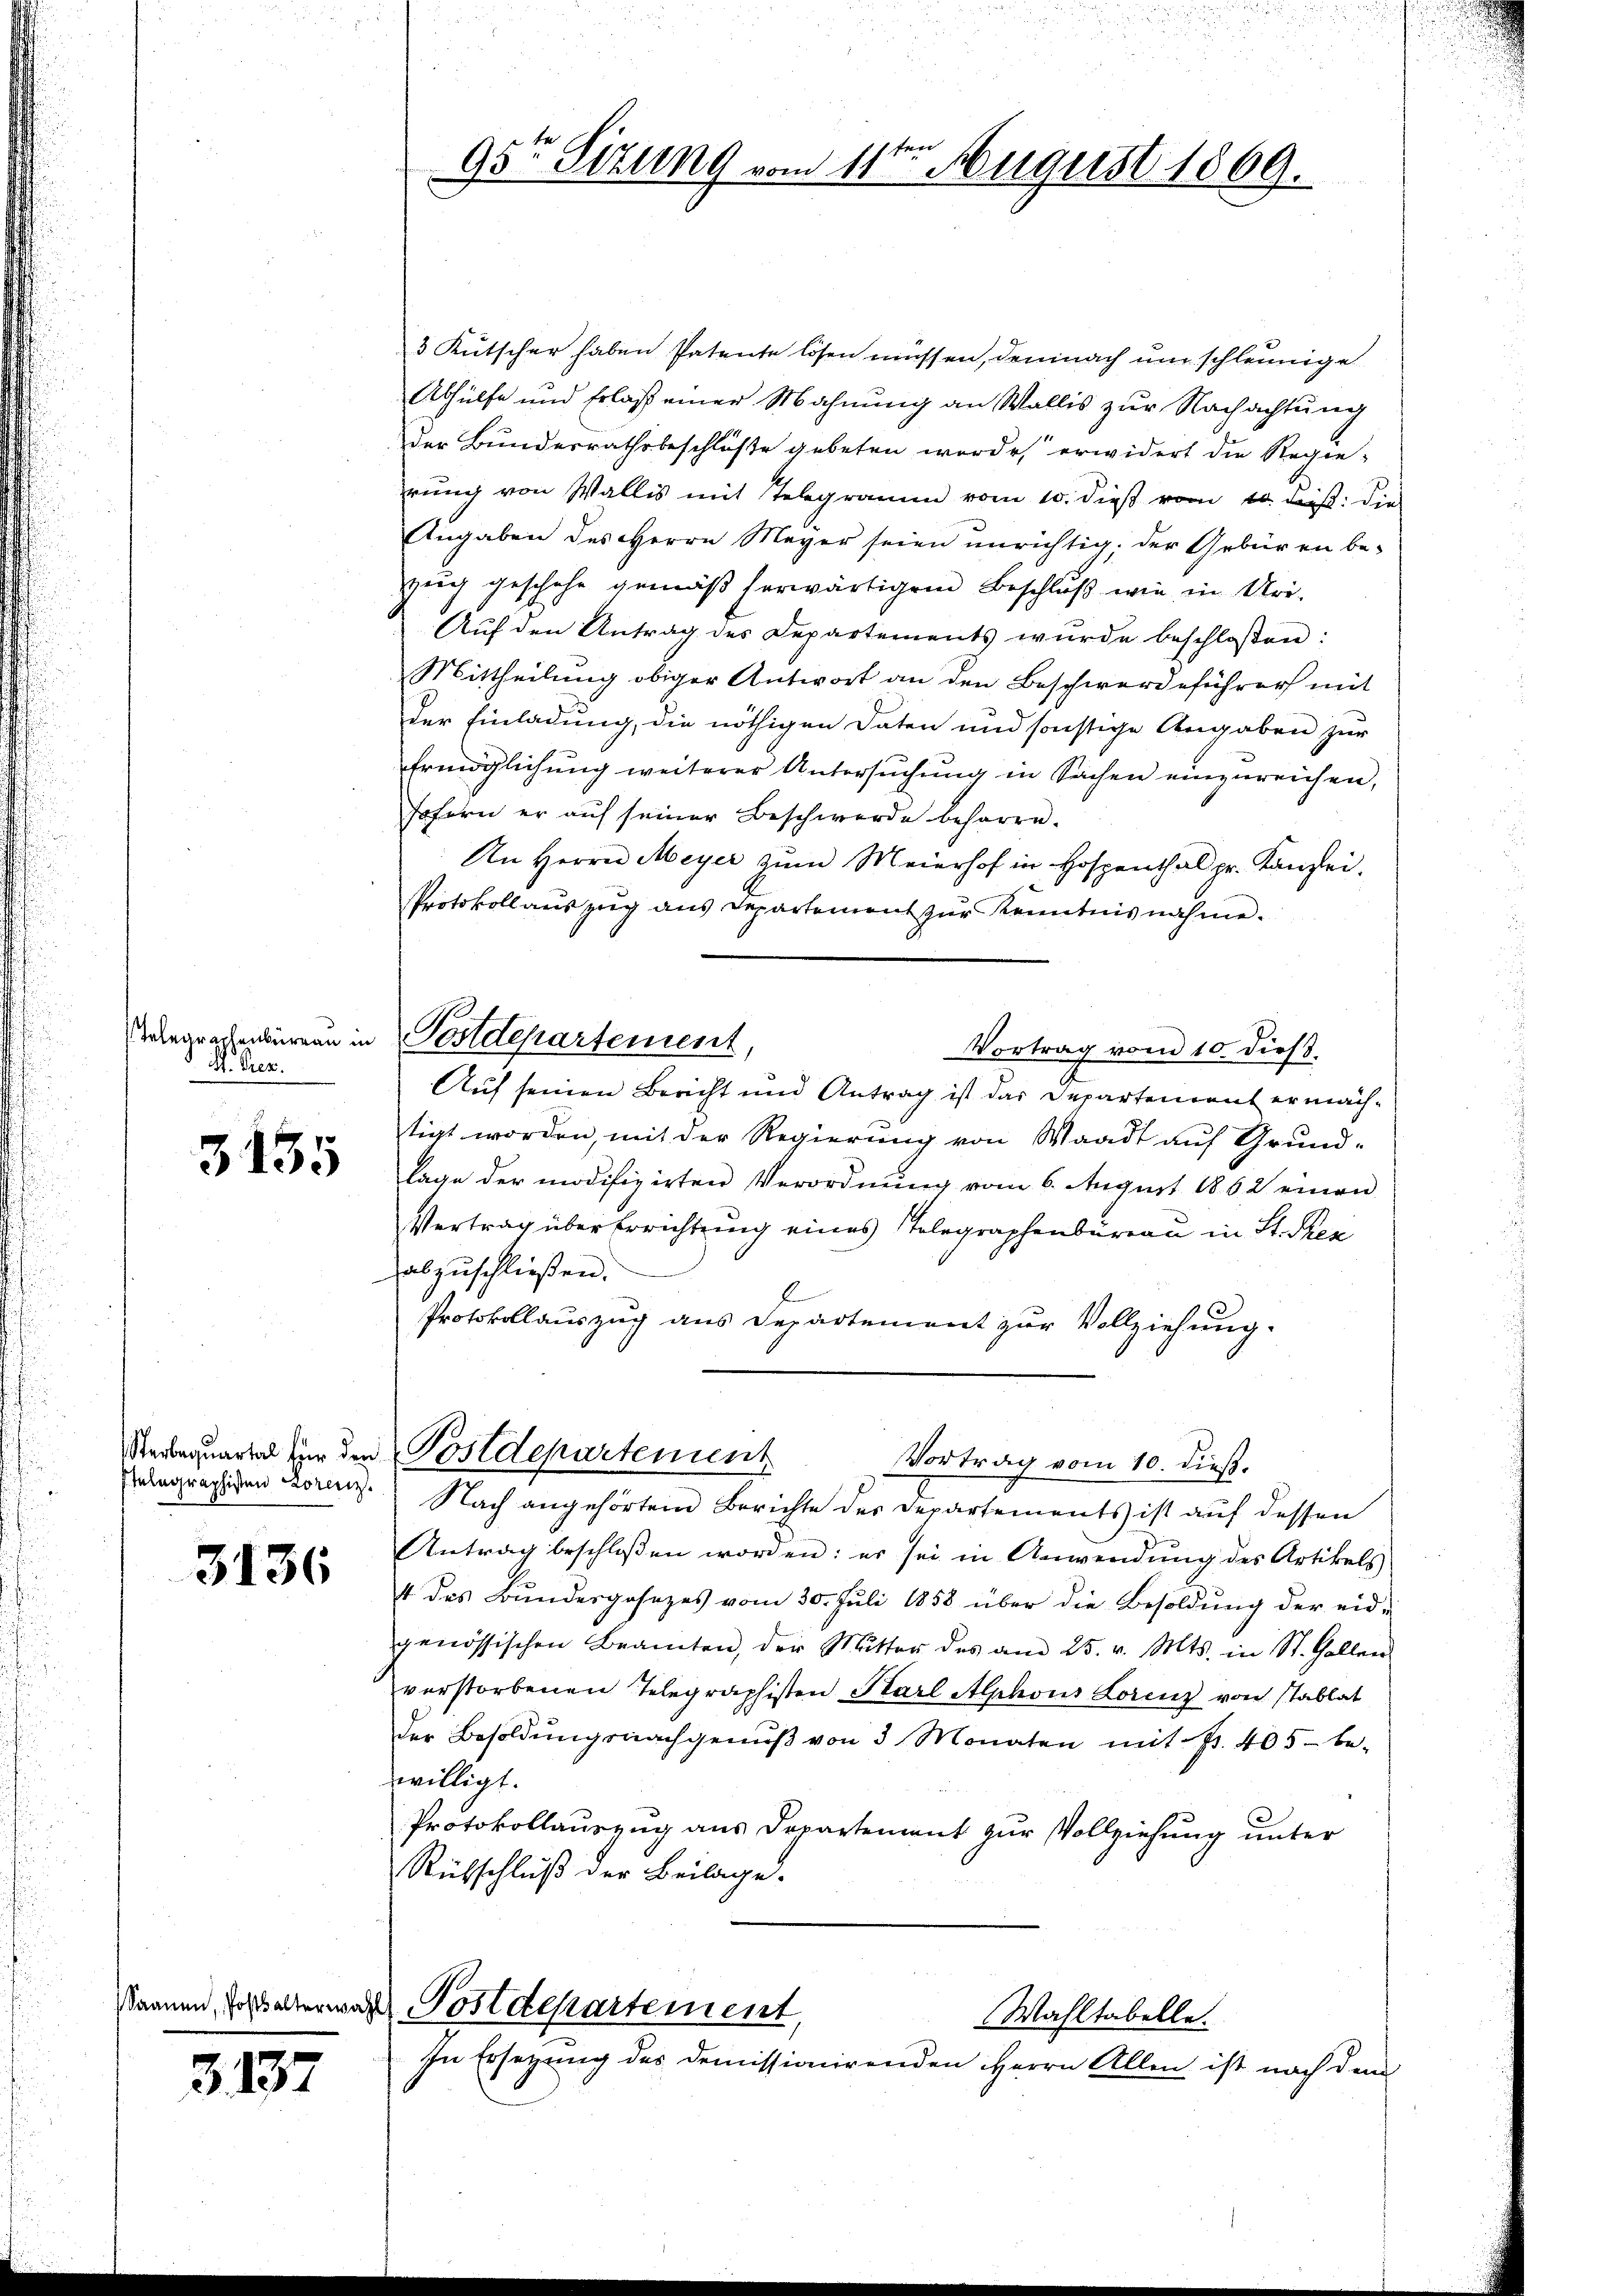
Telegraphenbüreau in
d. M. Dez.

3135

3136

Saanen, Posthalterwo

3137

3 Kutscher haben Patente lösen müssen, demnach um schleunige
Abhülfe und Erlaß einer Mahnung an Wallis zur Nachachtung
der Bundesrathsbeschlüße gebeten worde, erwidert die Regierung von Wallis mit Telegramm vom 10. dieß vom 10. Fuß. die
Angaben des Herrn Mayer seien unrichtig; der Gebüren be-
zug geschehe gemäß herwärtigem Beschluß wie in Uri-
Aŭf den Antrag des Departements wurde beschloßen:
Mittheilung obiger Antwort an den Beschwerdeführer mit
der Einladung, die nöthigen Daten und sonstige Angaben zur
fringlichung weiterer Untersuchung in Sachen einzureichen,
sofern er auf seiner Beschwerde beharre.
An Herrn Meyer zum Meierhof in Hospenthal pr. Kanzlei.
Protokoll auszug aus Departement zur Kenntnisnahme.
Postdepartement,
Vortrag vom 10. dieß.
Auf seinen Bericht und Antrag ist das Departement ermächtigt worden, mit der Regierung von Waadt auf Grund-
lage der modifizirten Verordnung vom 6. August 1862 einen
Vertrag über Errichtung eines Telegraphenbüreau in St. Then
abzuschließen.
Protokollauszug aus Departement zur Vollziehung.

Inbegängigen Lorenz, Nach angehörtem Berichte der Departements ist auf dessen
Antrag beschlossen worden: es sei in Anwendung des Artikels
t des Bŭndesgesezes vom 30. Juli 1858 über die Besoldŭng der eid-
genössischen Beamten, der Mutter des am 25. v. Mts. in St. Gallen
verstorbenen Telegraphisten Karl Alphons Lorenz von stablat
der Besoldŭngsnachgenŭβ von 3 Monaten mit Fr. 405 be-
twilligt.
Protokollauszug aus Departement zur Vollziehung unter
Rübschluß der Beilage.

95te Situng vom 11ten August 1869.

Sterbenquartal für den Postdepartement
Vortrag vom 10. dieß.

de Postdepartement,
Wahltabelle.
In Ersezung des demissionirenden Herrn Allen ist nach dem